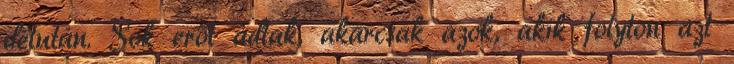
délután. Sok erőt adtak, akárcsak azok, akik folyton azt